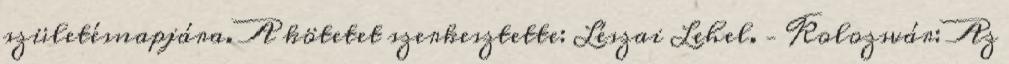
születésnapjára. A kötetet szerkesztette: Lészai Lehel. – Kolozsvár: Az